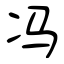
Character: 冯